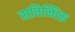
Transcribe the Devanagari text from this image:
सविन्धिक